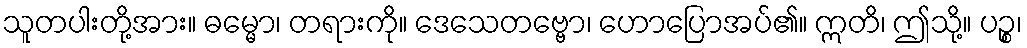
သူတပါးတို့အား။ ဓမ္မော၊ တရားကို။ ဒေသေတဗ္ဗော၊ ဟောပြောအပ်၏။ ဣတိ၊ ဤသို့။ ပဉ္စ၊